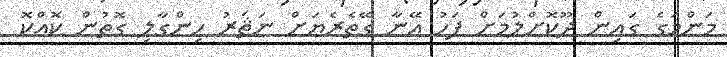
މަންމަގެ ގައިން ދޫކޮށްލުމަށް ފަހު އޭނާ ގޭތެރެޔަށް ނަޘަރު ހިންގާލި ގޮތުން ކޮއްކޮ